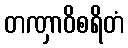
တဏှာဝိစရိတံ